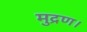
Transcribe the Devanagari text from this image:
मुद्रण।